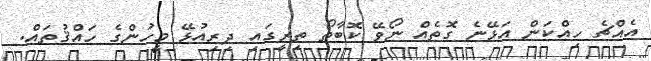
އެއްޗެ ހިއްކަން އަޅޭނެ ގޮތެއް ނޯވޭ ކޮބާތޯ ތިރީގައި ދިރިއުޅޭ މީހުންގެ ހައްްޤުތައް.